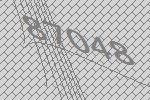
87048